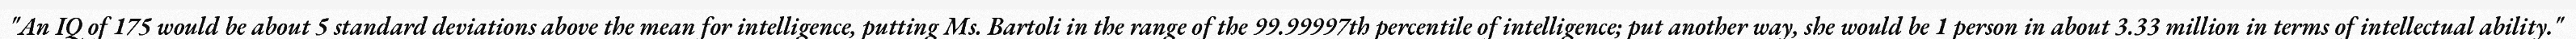
"An IQ of 175 would be about 5 standard deviations above the mean for intelligence, putting Ms. Bartoli in the range of the 99.99997th percentile of intelligence; put another way, she would be 1 person in about 3.33 million in terms of intellectual ability."